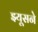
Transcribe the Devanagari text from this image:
झ्यूसने